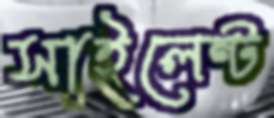
সাইলেন্ট